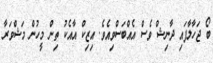
ބޯ ޖަހާލާފައި ދާނިޝް ވެސް އެއްބަސްވިއެވެ. އިޒިކް އާއެކު ތިން މީހުން މަޝްވަރާ